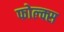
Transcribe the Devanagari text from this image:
फोल्क्स